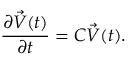
\frac { \partial \vec { V } ( t ) } { \partial t } = C \vec { V } ( t ) .